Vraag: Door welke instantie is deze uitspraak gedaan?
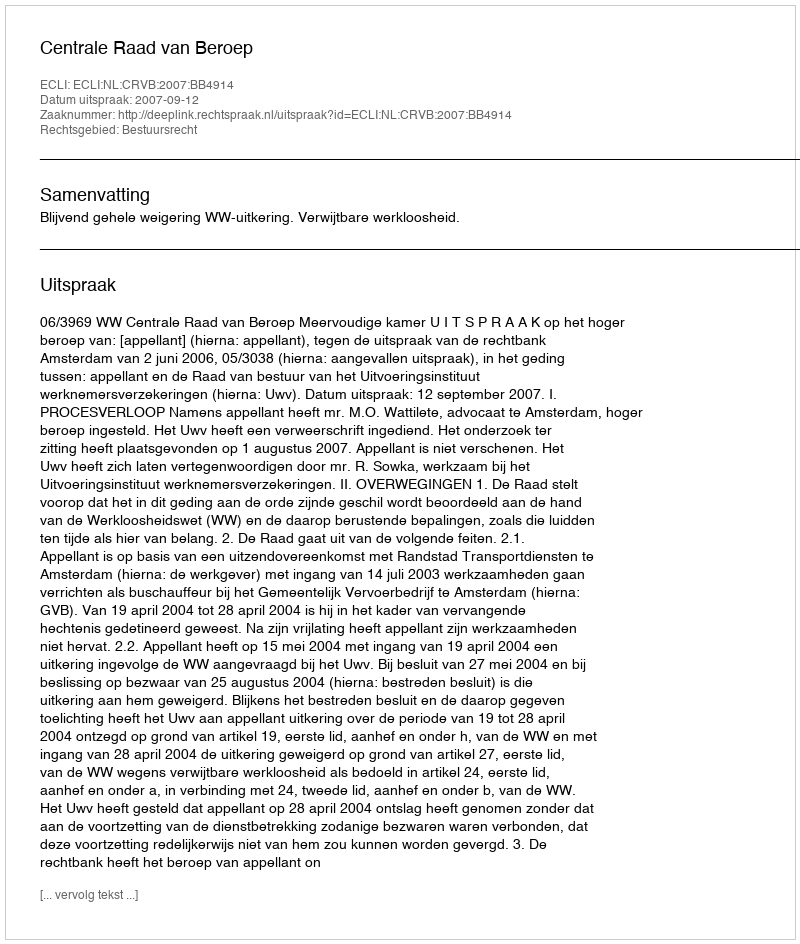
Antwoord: Centrale Raad van Beroep